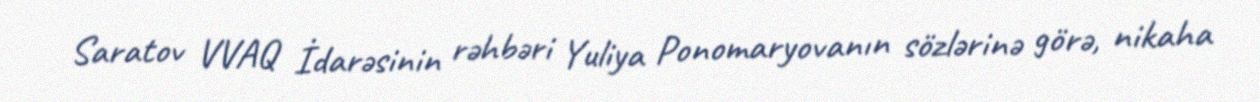
Saratov VVAQ İdarəsinin rəhbəri Yuliya Ponomaryovanın sözlərinə görə, nikaha